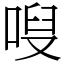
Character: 㖬